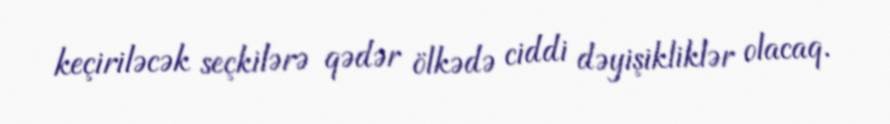
keçiriləcək seçkilərə qədər ölkədə ciddi dəyişikliklər olacaq.